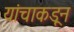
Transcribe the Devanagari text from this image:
यांचाकडून